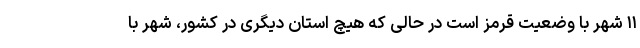
۱۱ شهر با وضعیت قرمز است در حالی که هیچ استان دیگری در کشور، شهر با